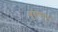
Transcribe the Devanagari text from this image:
बुरहनपुर